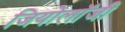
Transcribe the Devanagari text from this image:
जियोलाॅजी